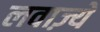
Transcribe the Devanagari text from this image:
लवाज़्ये